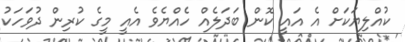
ކުއްލިޔަކަށް އެ އައީ ކޮން ބަދަލެއް ހެއްޔެވެ އެއީ މީގެ ކުރިން ދުވަހަކު